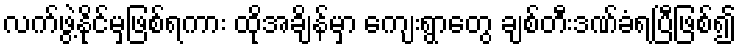
လက်ဖွဲ့နိုင်မှဖြစ်ရကား ထိုအချိန်မှာ ကျေးရွာတွေ ချစ်တီးဒဏ်ခံရပြီဖြစ်၍